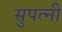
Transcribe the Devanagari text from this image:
सुपत्नी